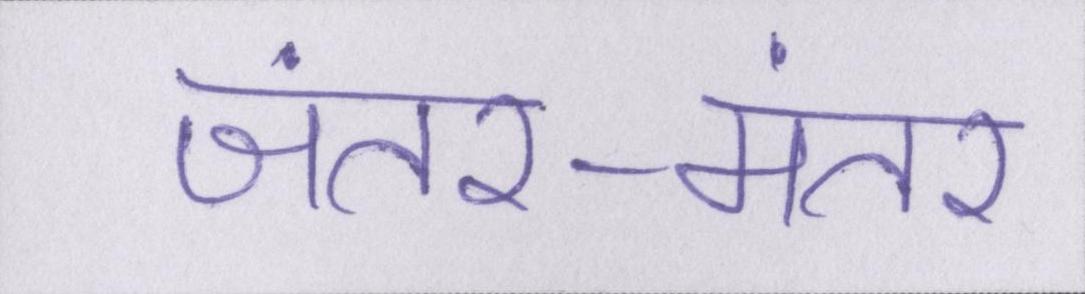
जंतर-मंतर